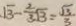
\sqrt { 3 } - \frac { 2 } { 3 } \sqrt { 3 } = \frac { \sqrt { 3 } } { 3 }